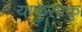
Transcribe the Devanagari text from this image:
याकुसाकु